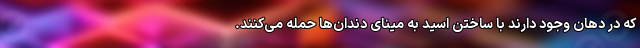
که در دهان وجود دارند با ساختن اسید به مینای دندان‌ها حمله می‌کنند.